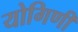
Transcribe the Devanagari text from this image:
योगिणी